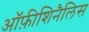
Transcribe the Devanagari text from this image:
ऑफ़ीशिनैलिस